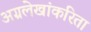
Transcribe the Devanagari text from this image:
अग्रलेखांकरिता